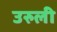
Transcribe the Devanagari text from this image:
उरुली